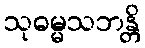
သုဓမ္မသဘန္တိ